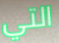
التي